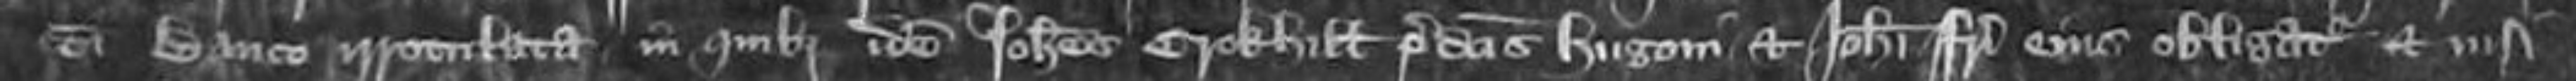
communi banco irrotulata in quibus idem Johannes Crokhill predictis Hugoni et Johanni fratrem eius obligatur et nisi